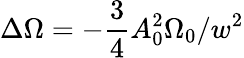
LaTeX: \Delta\Omega=-\frac{3}{4}A_{0}^{2}\Omega_{0}/w^{2}